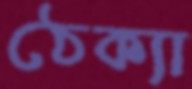
ঠেক্যা